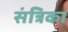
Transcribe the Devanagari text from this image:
संत्रिका